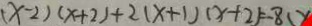
( x - 2 ) ( x + 2 ) + 2 ( x + 1 ) ( x + 2 ) = - 8 ( x